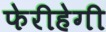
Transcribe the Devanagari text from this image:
फेरीहेगी